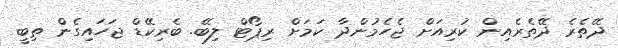
ދޭތެރެ ދޭތެރެއިން ކުރިއަށް ޖެހެމުންދާ ކަމަށް ރިޕޯޓް ލިބޭ. ބެރިކޭޑް ޖަހައިގެން ތިބީ